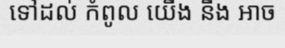
ទៅដល់ កំពូល យើង នឹង អាច